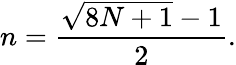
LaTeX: n={\frac{{\sqrt{8N+1}}-1}{2}}.